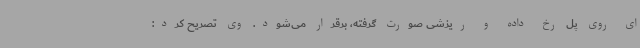
ای روی پل رخ داده و ریزشی صورت گرفته، برقرار می‌شود. وی تصریح کرد: